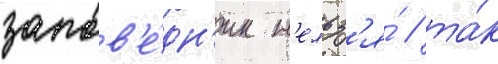
запов'е́дн'ик н'ельз'я́ / та́к